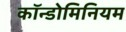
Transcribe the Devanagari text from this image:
कॉन्डोमिनियम